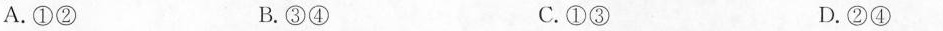
A.①② B.③④ C.①③ D.②④